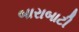
બારાબાટી